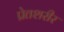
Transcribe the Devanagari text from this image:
प्रेतशरीर